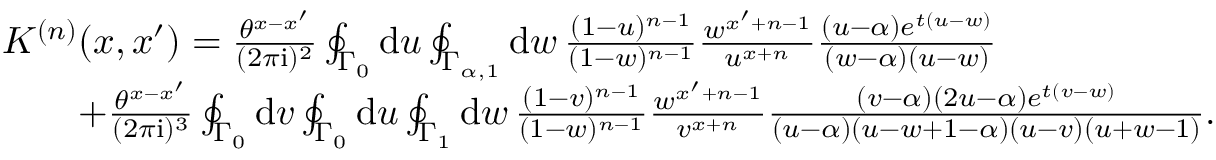
\begin{array} { r l } & { \textstyle K ^ { ( n ) } ( x , x ^ { \prime } ) = \frac { \theta ^ { x - x ^ { \prime } } } { ( 2 \pi \mathrm { i } ) ^ { 2 } } \oint _ { \Gamma _ { 0 } } \mathrm { d } u \oint _ { \Gamma _ { \alpha , 1 } } \mathrm { d } w \, \frac { ( 1 - u ) ^ { n - 1 } } { ( 1 - w ) ^ { n - 1 } } \frac { w ^ { x ^ { \prime } + n - 1 } } { u ^ { x + n } } \frac { ( u - \alpha ) e ^ { t ( u - w ) } } { ( w - \alpha ) ( u - w ) } } \\ & { \textstyle \qquad + \frac { \theta ^ { x - x ^ { \prime } } } { ( 2 \pi \mathrm { i } ) ^ { 3 } } \oint _ { \Gamma _ { 0 } } \mathrm { d } v \oint _ { \Gamma _ { 0 } } \mathrm { d } u \oint _ { \Gamma _ { 1 } } \mathrm { d } w \, \frac { ( 1 - v ) ^ { n - 1 } } { ( 1 - w ) ^ { n - 1 } } \frac { w ^ { x ^ { \prime } + n - 1 } } { v ^ { x + n } } \frac { ( v - \alpha ) ( 2 u - \alpha ) e ^ { t ( v - w ) } } { ( u - \alpha ) ( u - w + 1 - \alpha ) ( u - v ) ( u + w - 1 ) } . } \end{array}